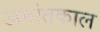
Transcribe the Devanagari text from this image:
अमांतकाल